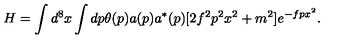
H = \int d ^ { 8 } x \int d p \theta ( p ) a ( p ) a ^ { * } ( p ) [ 2 f ^ { 2 } p ^ { 2 } x ^ { 2 } + m ^ { 2 } ] e ^ { - f p x ^ { 2 } } .